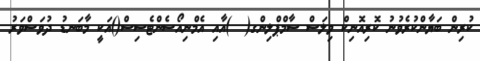
ކުރިން ބަޔާންކުރެވުނު ކޮރިއޮނިކް ވިލަސް ސާމްޕްލިންގ(  )އާއި އެމްނިއޯސެންޓެސިސް()އަކީ މާބަނޑު ދުވަސްވަރު